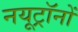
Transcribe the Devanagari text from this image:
नयूट्रॉनों